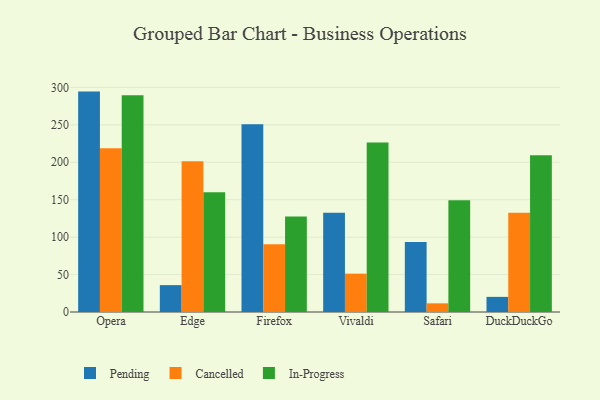
{"axis": {"x": "Browser", "y": "Inventory Turnover"}, "legend": ["Cancelled", "In-Progress", "Pending"], "data": [{"x": "Opera", "y": 294.4, "type": "Pending"}, {"x": "Opera", "y": 218.6, "type": "Cancelled"}, {"x": "Opera", "y": 289.6, "type": "In-Progress"}, {"x": "Edge", "y": 35.9, "type": "Pending"}, {"x": "Edge", "y": 201.5, "type": "Cancelled"}, {"x": "Edge", "y": 159.8, "type": "In-Progress"}, {"x": "Firefox", "y": 250.7, "type": "Pending"}, {"x": "Firefox", "y": 90.5, "type": "Cancelled"}, {"x": "Firefox", "y": 127.5, "type": "In-Progress"}, {"x": "Vivaldi", "y": 132.6, "type": "Pending"}, {"x": "Vivaldi", "y": 51.2, "type": "Cancelled"}, {"x": "Vivaldi", "y": 226.5, "type": "In-Progress"}, {"x": "Safari", "y": 93.6, "type": "Pending"}, {"x": "Safari", "y": 11.6, "type": "Cancelled"}, {"x": "Safari", "y": 149.4, "type": "In-Progress"}, {"x": "DuckDuckGo", "y": 20.2, "type": "Pending"}, {"x": "DuckDuckGo", "y": 132.5, "type": "Cancelled"}, {"x": "DuckDuckGo", "y": 209.3, "type": "In-Progress"}]}